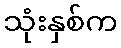
သုံးနှစ်က